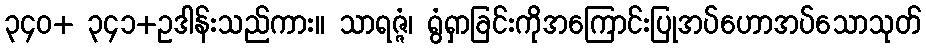
၃၄၀+ ၃၄၁+ဥဒါန်းသည်ကား။ သာရဇ္ဇံ၊ ရွံရှာခြင်းကိုအကြောင်းပြုအပ်ဟောအပ်သောသုတ်